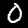
Label: 0